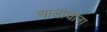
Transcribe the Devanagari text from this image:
आलोचाना